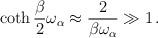
LaTeX: \begin{align*}\coth {\beta\over 2}\omega_\alpha \approx {2\over\beta\omega_\alpha}\gg 1\,.\end{align*}